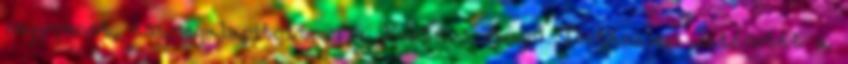
negyvenet, és megalapítottam a Kortárs Angol Történelem Intézetét a